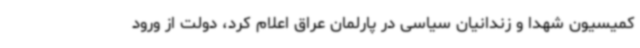
کمیسیون شهدا و زندانیان سیاسی در پارلمان عراق اعلام کرد، دولت از ورود